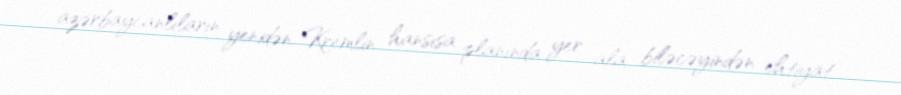
azərbaycanlıların yenidən Kremlin hansısa planında yer ala biləcəyindən ehtiyat